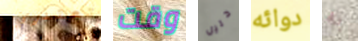
تعتذري وقت دليل دوائه به